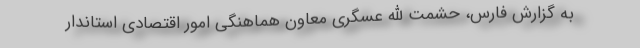
به گزارش فارس، حشمت الله عسگری معاون هماهنگی امور اقتصادی استاندار